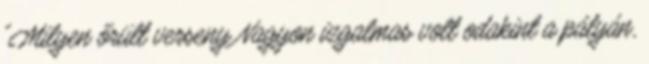
"Milyen őrült verseny Nagyon izgalmas volt odakint a pályán,